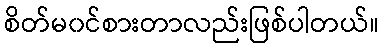
စိတ်မ၀င်စားတာလည်းဖြစ်ပါတယ်။